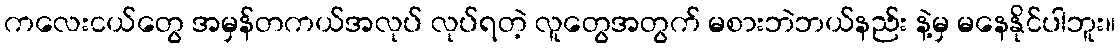
ကလေးငယ်တွေ အမှန်တကယ်အလုပ် လုပ်ရတဲ့ လူတွေအတွက် မစားဘဲဘယ်နည်း နဲ့မှ မနေနိုင်ပါဘူး။